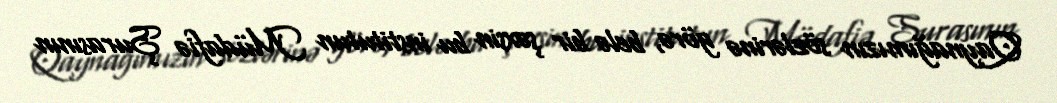
Qaynağımızın sözlərinə görə, belə bir şəxsin bu institutun Müdafiə Şurasının